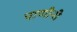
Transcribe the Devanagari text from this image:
पाणीनी